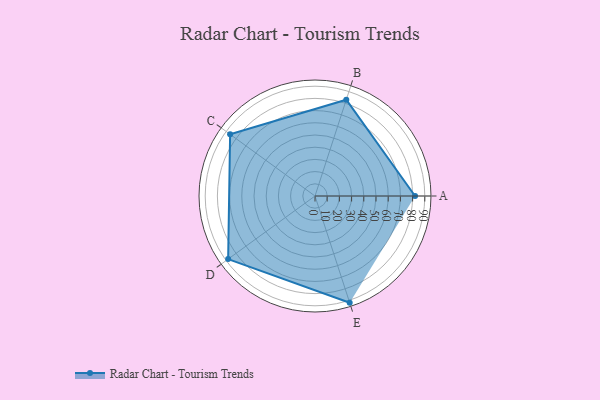
{"axis": {"x": "Skill", "y": "Score"}, "legend": ["Profile"], "data": [{"x": "A", "y": 82.0, "type": "Profile"}, {"x": "B", "y": 83.0, "type": "Profile"}, {"x": "C", "y": 86.0, "type": "Profile"}, {"x": "D", "y": 88.0, "type": "Profile"}, {"x": "E", "y": 92.0, "type": "Profile"}]}